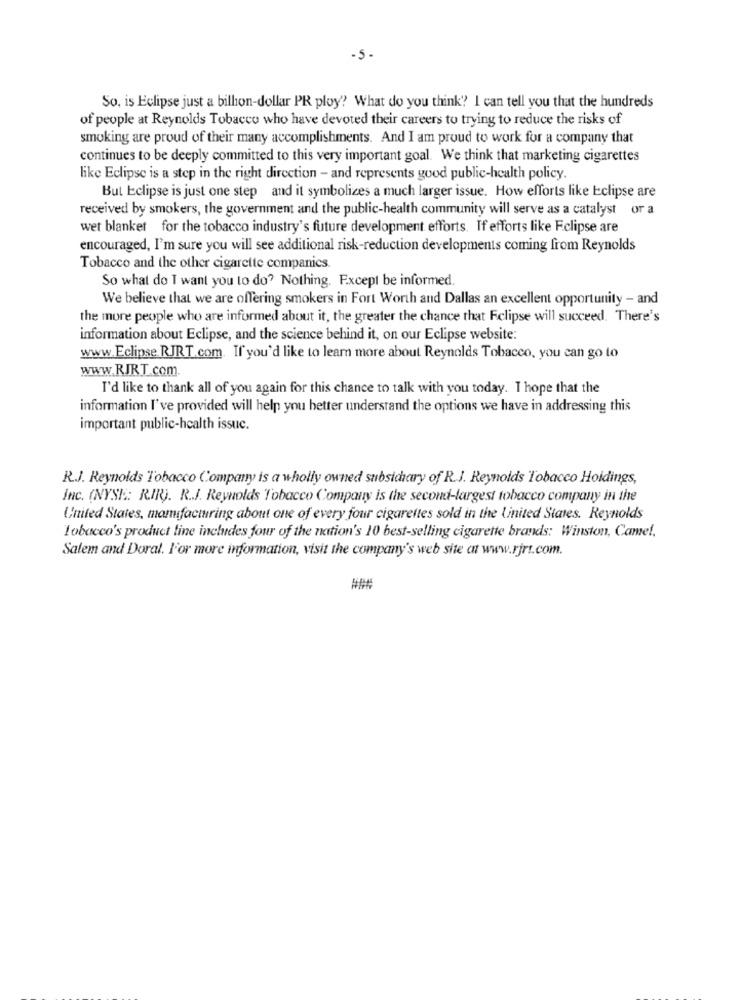
-5-
So. is Eclipse just a billon-dollar PR ploy? What do you think? I can tell you that the hundreds
of people at Reynolds Tobacco who have devoted their careers to trying to reduce the risks of
smoking are proud of their many accomplishments. And I am proud to work for a company that
continues to be deeply committed to this very important goal. We think that marketing cigarettes
like Eclipse is a step in the right direction - and represents good public-health policy.
But Eclipse is just one step and it symbolizes a much larger issue. How efforts like Eclipse are
received by smokers, the government and the public-health community will serve as a catalyst or a
wet blanket for the tobacco industry's future development efforts. If efforts like Eclipse are
encouraged, I'm sure you will see additional risk-reduction developments coming from Reynolds
Tobacco and the other cigarette companies.
So what do I want you to do? Nothing. Except be informed.
We believe that we are offering smokers in Fort Worth and Dallas an excellent opportunity - and
the more people who are informed about it, the greater the chance that Eclipse will succeed. There's
information about Eclipse, and the science behind it, on our Eclipse website:
www.Eclipse.RJRT.com. If you'd like to learn more about Reynolds Tobacco, you can go to
www.RJRT.com.
I'd like to thank all of you again for this chance to talk with you today. I hope that the
information I've provided will help you better understand the options we have in addressing this
important public-health issuc.
R.J. Reynolds Tobacco Company is a wholly owned subsichary of R.J. Reynolds Tobacco Hoidings,
Inc. (NYSE: R.Il). R.J. Reynolds Tobacco Company is the second-largest tobacco company in the
United States, mamifacturing about one of every four cigarettes sold in the linited States. Reynolds
Tobacco's product line includes four of the nation's 10 best-selling cigarette brands: Winston, Came !.
Salem and Doral. For more information, visit the company's web site at www.rjrt.com.